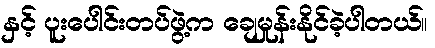
နှင့် ပူးပေါင်းတပ်ဖွဲ့က ချေမှုန်းနိုင်ခဲ့ပါတယ်။